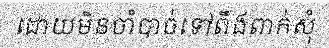
ដោយមិនចាំបាច់ទៅពឹងពាក់សុំ